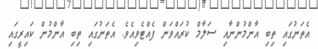
އެތަނުގައި ތިބި އާންމުންނާއި ސަލާމް ކުރައްވަން ފެއްޓެވިއެވެ. އެތަނުގައި ތިބި އާންމުން ކައިރީގައި